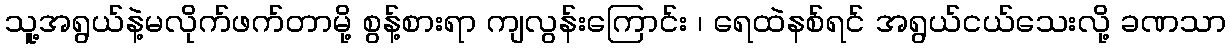
သူ့အရွယ်နဲ့မလိုက်ဖက်တာမို့ စွန့်စားရာ ကျလွန်းကြောင်း ၊ ရေထဲနစ်ရင် အရွယ်ငယ်သေးလို့ ခဏသာ